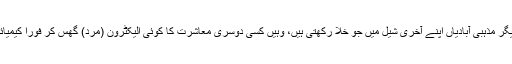
مسلمان معاشرت کے علاوہ دیگر مذہبی آبادیاں اپنے آخری شیل میں جو خلا رکھتی ہیں، وہیں کسی دوسری معاشرت کا کوئی الیکٹرون (مرد) گھس کر فوراً کیمیائی تعامل(نکاح) کر گزرتاہے۔